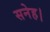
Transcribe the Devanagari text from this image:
सनेह।